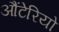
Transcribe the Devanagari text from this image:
औंटेरियो